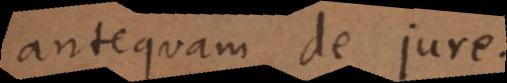
antequam de jure.